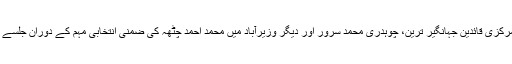
وزیر آباد: تحریک انصاف کے مرکزی قائدین جہانگیر ترین، چوہدری محمد سرور اور دیگر وزیرآباد میں محمد احمد چٹھہ کی ضمنی انتخابی مہم کے دوران جلسے میں اظہار یکجہتی کر رہے ہیں۔